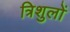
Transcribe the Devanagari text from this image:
त्रिशुलों